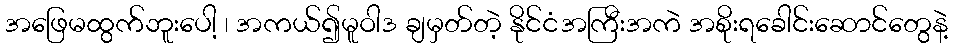
အဖြေမထွက်ဘူးပေါ့ ၊ အကယ်၍မူဝါဒ ချမှတ်တဲ့ နိုင်ငံအကြီးအကဲ အစိုးရခေါင်းဆောင်တွေနဲ့